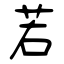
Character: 若